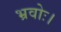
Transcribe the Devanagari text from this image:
भ्रवोः।